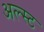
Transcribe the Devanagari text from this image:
अल्स्ट